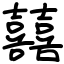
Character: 囍